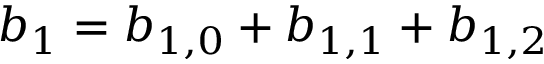
b _ { 1 } = b _ { 1 , 0 } + b _ { 1 , 1 } + b _ { 1 , 2 }